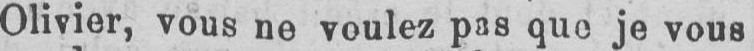
Olivier, vous ne voulez pas que je vous